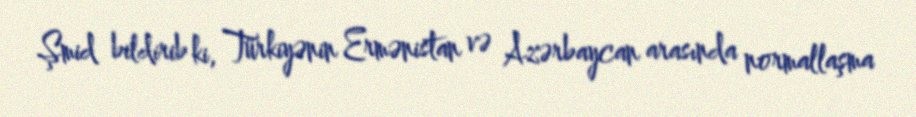
Şmid bildirib ki, Türkiyənin Ermənistan və Azərbaycan arasında normallaşma